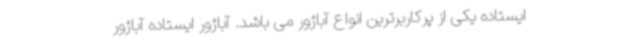
ایستاده یکی از پرکاربرترین انواع آباژور می باشد. آباژور ایستاده آباژور